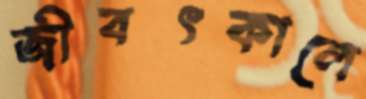
জীবৎকালে